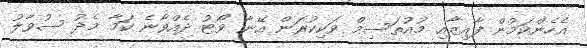
އެހެންކަމުން ފާއިޒާއި މުއުތަސިމް ވަކިކުރަން އޭނާ ވޯޓު ދެއްވާނެ ކަމާ މެދު ސުވާލު